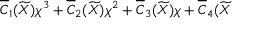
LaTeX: \overline { { { C } } } _ { 1 } ( \widetilde { X } ) \chi ^ { 3 } + \overline { { { C } } } _ { 2 } ( \widetilde { X } ) \chi ^ { 2 } + \overline { { { C } } } _ { 3 } ( \widetilde { X } ) \chi + \overline { { { C } } } _ { 4 } ( \widetilde { X }